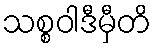
သစ္စဝါဒီမှီတိ